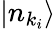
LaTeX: |n_{k_{i}}\rangle